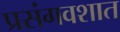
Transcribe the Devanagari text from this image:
प्रसंगवशात